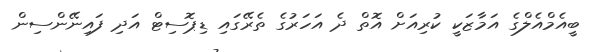
ބީއެމްއެލްގެ އަމާޒަކީ ކުރިއަށް އޮތް ދެ އަހަރުގެ ތެރޭގައި ޑިޕޮސިޓް އަދި ފައިނޭންސިން